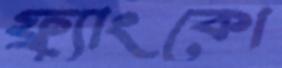
ফ্র্যাংকো